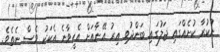
ނުކުރާ ކުށެއްގައި ޖަލުގައި ބަންދުވި އިރު އޭނާއަށް އެހީވާނެ އެކަކު ވެސް ނެތެވެ.